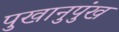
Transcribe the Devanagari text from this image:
पुखानुपुंख